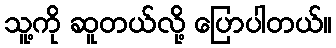
သူ့ကို ဆူတယ်လို့ ပြောပါတယ်။